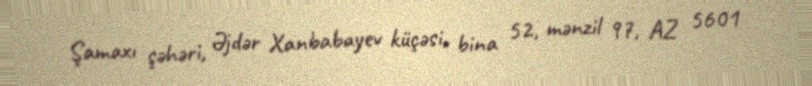
Şamaxı şəhəri, Əjdər Xanbabayev küçəsi, bina 52, mənzil 97, AZ 5601